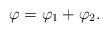
LaTeX: \begin{align*}\varphi=\varphi_1+\varphi_2.\end{align*}